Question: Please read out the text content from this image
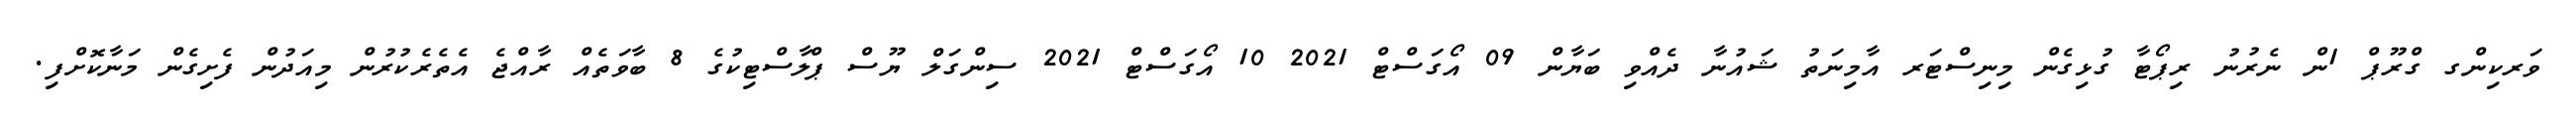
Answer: ވަރކިންގ ގްރޫޕް 1ން ނެރުނު ރިޕޯޓާ ގުޅިގެން މިނިސްޓަރ އާމިނަތު ޝައުނާ ދެއްވި ބަޔާން 09 އޯގަސްޓް 2021 10 އޯގަސްޓް 2021 ސިންގަލް ޔޫސް ޕްލާސްޓިކުގެ 8 ބާވަތެއް ރާއްޖެ އެތެރެކުރުން މިއަދުން ފެށިގެން މަނާކޮށްފި.